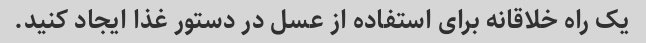
یک راه خلاقانه برای استفاده از عسل در دستور غذا ایجاد کنید.